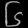
Digit: ၆